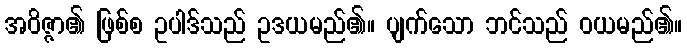
အဝိဇ္ဇာ၏ ဖြစ်စ ဥပါဒ်သည် ဥဒယမည်၏။ ပျက်သော ဘင်သည် ဝယမည်၏။